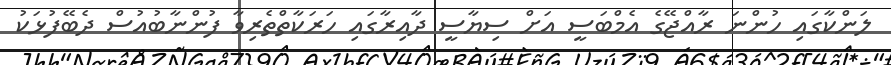
ލަންކާގައި ހުންނަ ރާއްޖޭގެ އެމްބަސީ އަށް ސިޔާސީ ދާއިރާގައި ހަރަކާތްތެރިވާ ފުންނާބުއުސް ދެބޭފުޅަކު